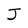
Character: J